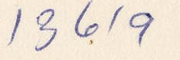
13619